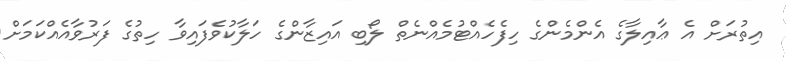
އިތުރަށް އެ ޢާއިލާގެ އެންމެންގެ ހިފެހެއްޓުމެއްނެތް ލޯބި އައިޒާންގެ ހަލާކުވެފައިވާ ހިތުގެ ފަރުވާއެއްކަމަށް